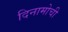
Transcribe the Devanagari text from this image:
दिनामोची